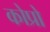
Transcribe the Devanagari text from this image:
कोप्रो